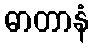
ဓာတာနံ